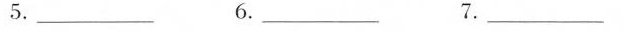
5.___6.___7.___